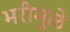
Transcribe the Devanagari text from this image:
भरीमुळे